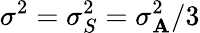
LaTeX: \sigma^{2}=\sigma_{S}^{2}=\sigma_{\mathbf{A}}^{2}/3